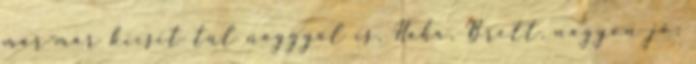
már-már kicsit túl naggyal is. Haha, Brett, nagyon jó: